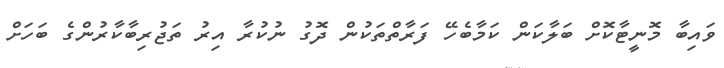
ވައިބާ މޮނީޓާކޮށް ބަލާކަން ކަމާބެހޭ ފަރާތްތަކުން ދޮގު ނުކުރާ އިރު ތަޖުރިބާކާރުންގެ ބަހަށް